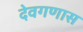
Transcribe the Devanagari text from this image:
देवगणास